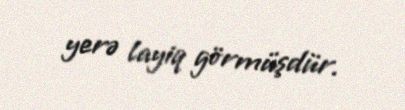
yerə layiq görmüşdür.